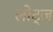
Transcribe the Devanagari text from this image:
लोट्ज